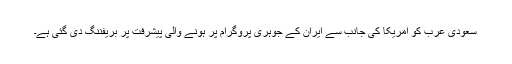
سعودی عرب کو امریکا کی جانب سے ایران کے جوہری پروگرام پر ہونے والی پیشرفت پر بریفننگ دی گئی ہے۔